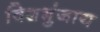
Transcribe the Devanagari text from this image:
विशभुंजाय